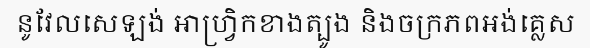
នូវែលសេឡង់ អាហ្វ្រិកខាងត្បូង និងចក្រភពអង់គ្លេស